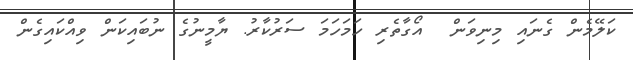
ކަލޭމެން ގެނައި މިނިވަން  އޯގާތެރި ހަމަހަމަ ސަރުކާރު. ޔާމީނުގެ ނުބައިކަން ވިއްކައިގެން